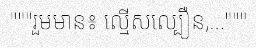
"""រួមមាន៖ ល្មើសល្បឿន,..."""